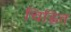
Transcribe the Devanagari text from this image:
चिह्नित